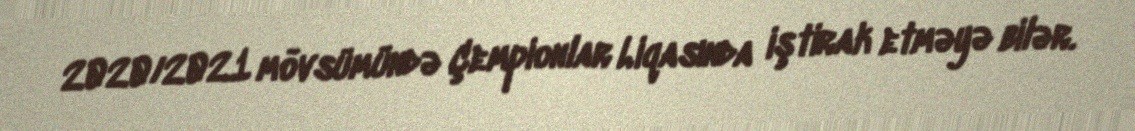
2020/2021 mövsümündə Çempionlar Liqasında iştirak etməyə bilər.